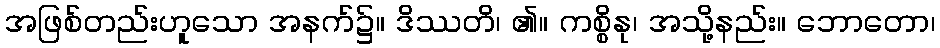
အဖြစ်တည်းဟူသော အနက်၌။ ဒိဿတိ၊ ၏။ ကစ္စိနု၊ အသို့နည်း။ ဘောတော၊